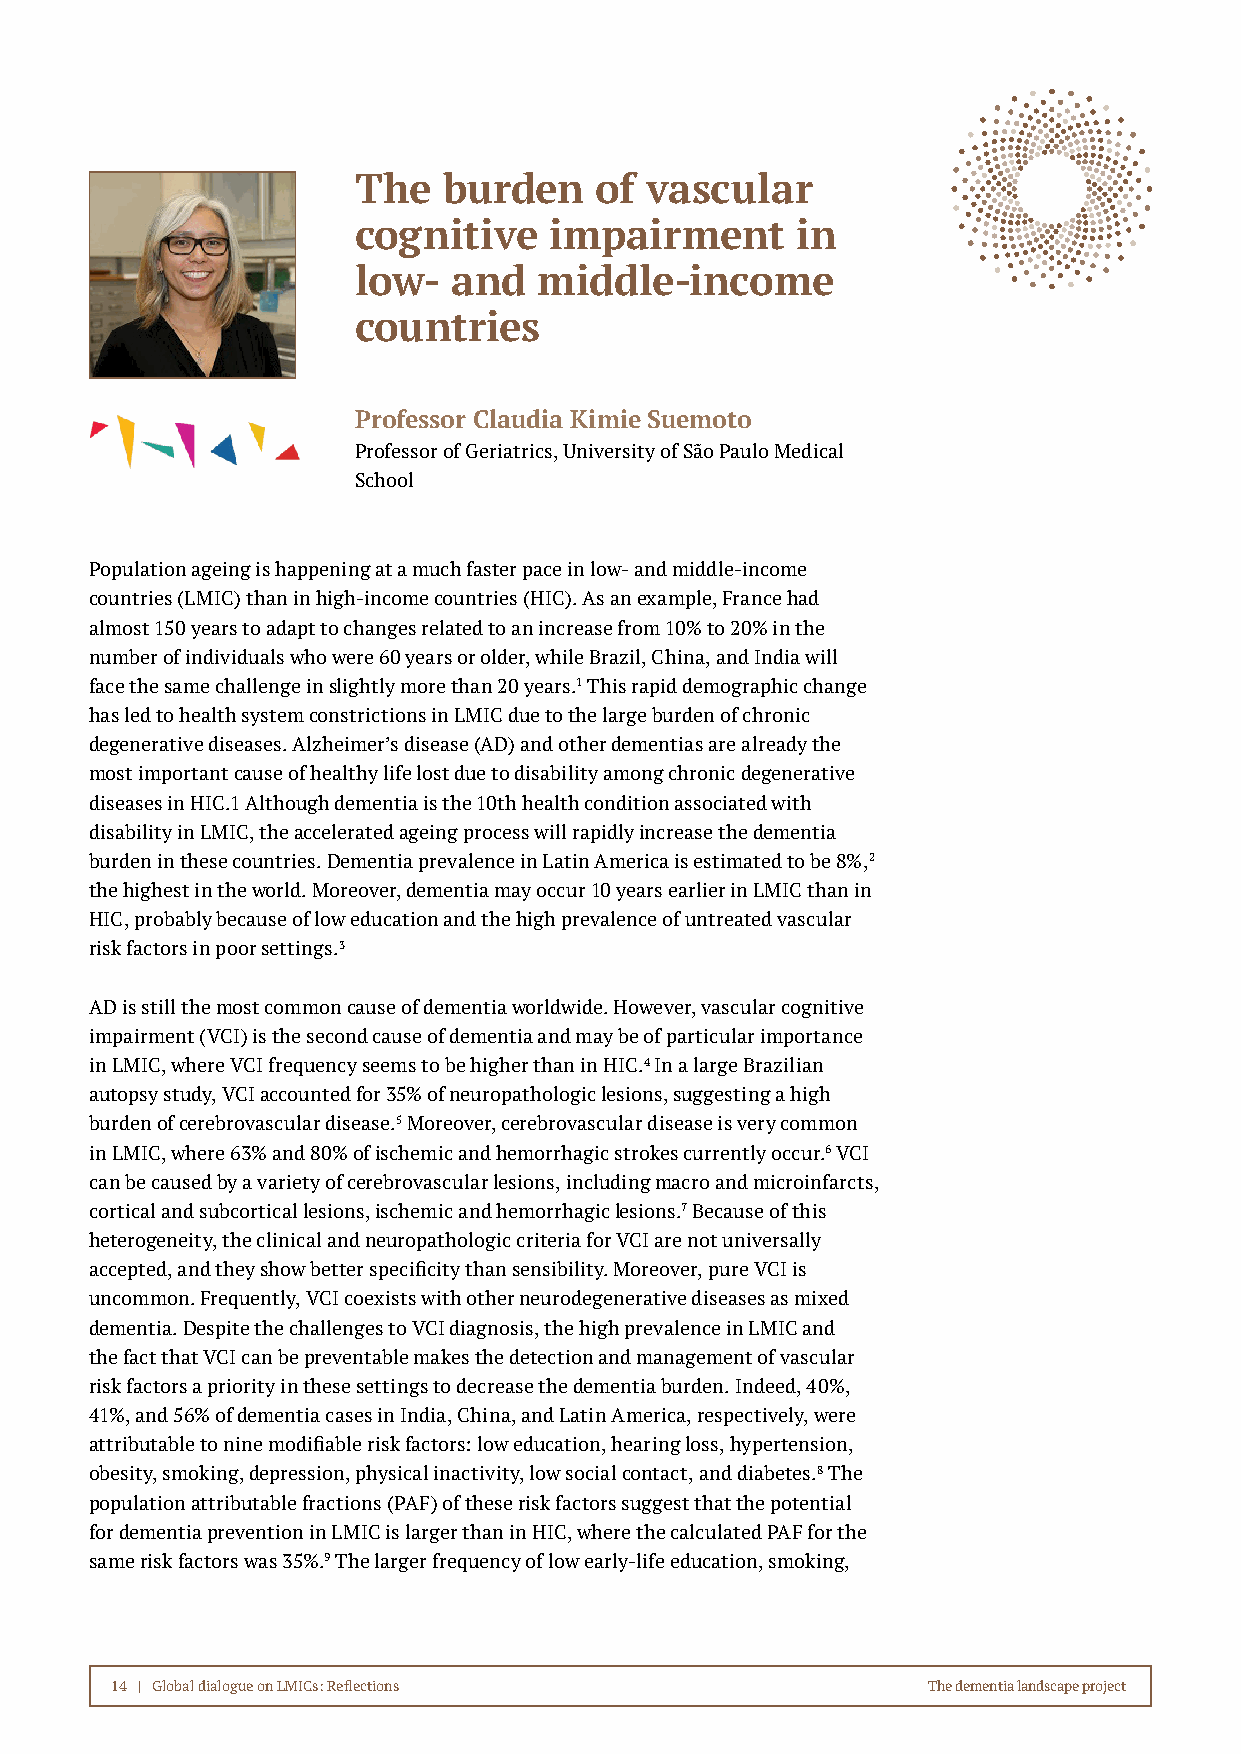
The   burden    of  vascular
 cognitive    impairment       in
 low-   and   middle-income
 countries
 Professor Claudia Kimie Suemoto
 Professor of Geriatrics, University of São Paulo Medical
 School
 Population ageing is happening at a much faster pace in low- and middle-income
 countries (LMIC) than in high-income countries (HIC). As an example, France had
 almost 150 years to adapt to changes related to an increase from 10% to 20% in the
 number of individuals who were 60 years or older, while Brazil, China, and India will
 face the same challenge in slightly more than 20 years.1 This rapid demographic change
 has led to health system constrictions in LMIC due to the large burden of chronic
 degenerative diseases. Alzheimer’s disease (AD) and other dementias are already the
 most important cause of healthy life lost due to disability among chronic degenerative
 diseases in HIC.1 Although dementia is the 10th health condition associated with
 disability in LMIC, the accelerated ageing process will rapidly increase the dementia
 burden in these countries. Dementia prevalence in Latin America is estimated to be 8%,2
 the highest in the world. Moreover, dementia may occur 10 years earlier in LMIC than in
 HIC, probably because of low education and the high prevalence of untreated vascular
 risk factors in poor settings.3
 AD is still the most common cause of dementia worldwide. However, vascular cognitive
 impairment (VCI) is the second cause of dementia and may be of particular importance
 in LMIC, where VCI frequency seems to be higher than in HIC.4 In a large Brazilian
 autopsy study, VCI accounted for 35% of neuropathologic lesions, suggesting a high
 burden of cerebrovascular disease.5 Moreover, cerebrovascular disease is very common
 in LMIC, where 63% and 80% of ischemic and hemorrhagic strokes currently occur.6 VCI
 can be caused by a variety of cerebrovascular lesions, including macro and microinfarcts,
 cortical and subcortical lesions, ischemic and hemorrhagic lesions.7 Because of this
 heterogeneity, the clinical and neuropathologic criteria for VCI are not universally
 accepted, and they show better specificity than sensibility. Moreover, pure VCI is
 uncommon. Frequently, VCI coexists with other neurodegenerative diseases as mixed
 dementia. Despite the challenges to VCI diagnosis, the high prevalence in LMIC and
 the fact that VCI can be preventable makes the detection and management of vascular
 risk factors a priority in these settings to decrease the dementia burden. Indeed, 40%,
 41%, and 56% of dementia cases in India, China, and Latin America, respectively, were
 attributable to nine modifiable risk factors: low education, hearing loss, hypertension,
 obesity, smoking, depression, physical inactivity, low social contact, and diabetes.8 The
 population attributable fractions (PAF) of these risk factors suggest that the potential
 for dementia prevention in LMIC is larger than in HIC, where the calculated PAF for the
 same risk factors was 35%.9 The larger frequency of low early-life education, smoking,
 14 | Global dialogue on LMICs: Reflections            The dementia landscape project